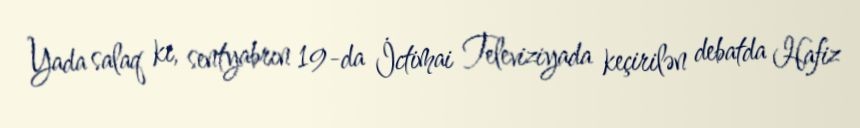
Yada salaq ki, sentyabrın 19-da İctimai Televiziyada keçirilən debatda Hafiz